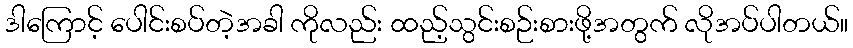
ဒါကြောင့် ပေါင်းစပ်တဲ့အခါ ကိုလည်း ထည့်သွင်းစဉ်းစားဖို့အတွက် လိုအပ်ပါတယ်။